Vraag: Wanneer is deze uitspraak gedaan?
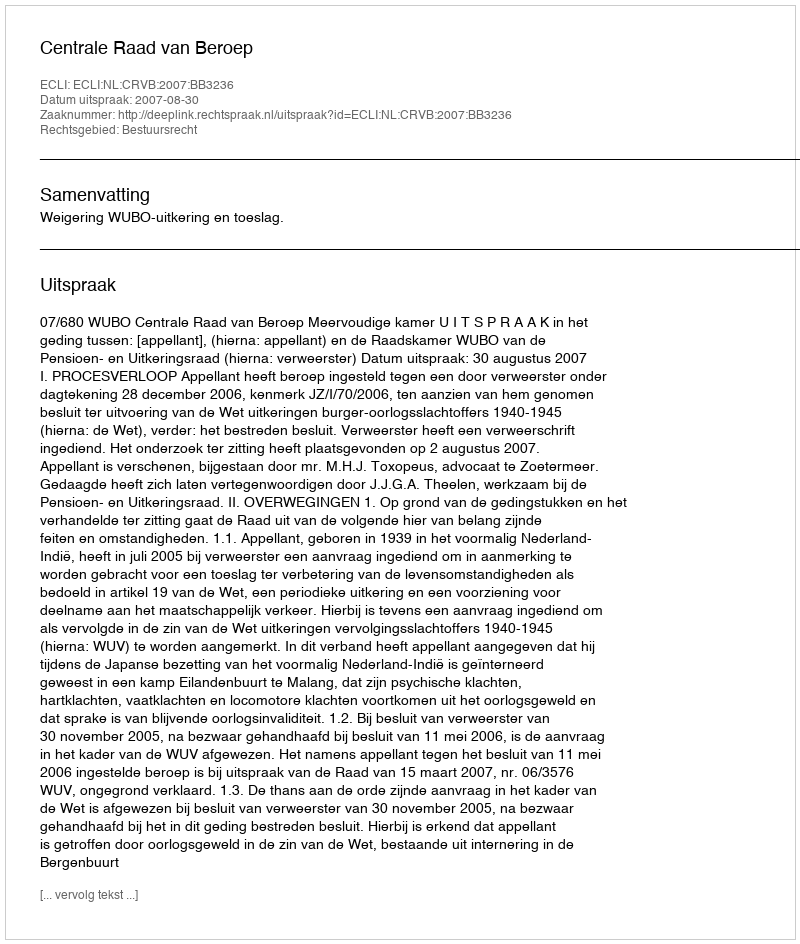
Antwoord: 2007-08-30